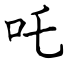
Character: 吒